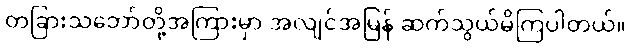
တခြားသဘော်တို့အကြားမှာ အလျင်အမြန် ဆက်သွယ်မိကြပါတယ်။